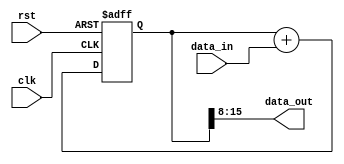
module accumulator (
    input wire clk,
    input wire rst,
    input wire [7:0] data_in,
    output reg [7:0] data_out
);

reg [15:0] accumulator;

always @(posedge clk or posedge rst) begin
    if (rst) begin
        accumulator <= 16'd0;
    end else begin
        accumulator <= accumulator + data_in;
    end
end

assign data_out = accumulator[15:8];

endmodule